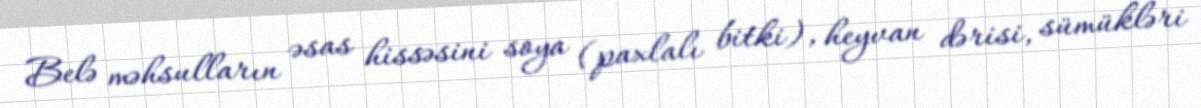
Belə məhsulların əsas hissəsini soya (paxlalı bitki), heyvan dərisi, sümükləri